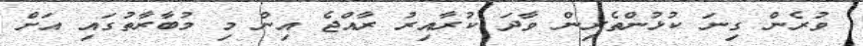
ވުރެން ގިނަ ކުޅުންތެރިން ވާދަ ކުރާއިރު ރާއްޖެ އިން މި މުބާރާތުގައި އަށް